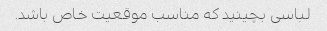
لباسی بچینید که مناسب موقعیت خاص باشد.